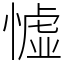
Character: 憈